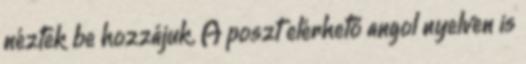
néztek be hozzájuk. A poszt elérhető angol nyelven is